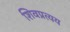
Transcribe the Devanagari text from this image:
शिवप्रत्यय